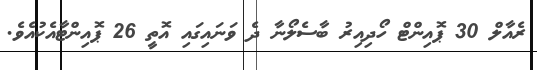
ރެއާލް 30 ޕޮއިންޓް ހޯދިއިރު ބާސެލޯނާ ދެ ވަނައިގައި އޮތީ 26 ޕޮއިންޓާއެކުއެވެ.